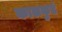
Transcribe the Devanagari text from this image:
कालकुडं